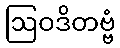
ဩဝဒိတဗ္ဗံ